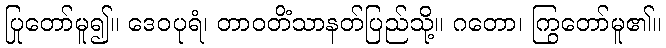
ပြုတော်မူ၍။ ဒေဝပုရံ၊ တာဝတိံသာနတ်ပြည်သို့။ ဂတော၊ ကြွတော်မူ၏။